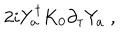
2 i Y _ { a } ^ { \dagger } K _ { 0 } \partial _ { \tau } Y _ { a } \; ,